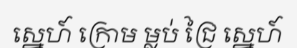
ស្នេហ៍ ក្រោម ម្លប់ ជ្រៃ ស្នេហ៍